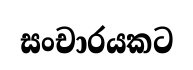
සංචාරයකට